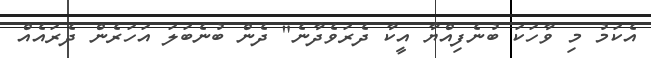
އެކަމު މި ވާހަކަ ބުނެފިއްޔާ އީކާ ދެރަވެދާނެ" ދެން ބުނެބަލަ އަހަރެން ދެރައެއް